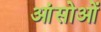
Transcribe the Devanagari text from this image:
आंसोओं